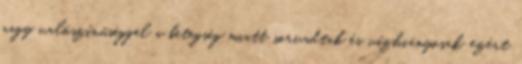
nagy valószínűséggel a betegség miatt sorvadtak és vízhiányosak, ezért